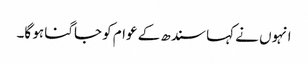
انہوں نے کہا سندھ کے عوام کو جاگنا ہو گا۔